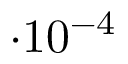
\cdot 1 0 ^ { - 4 }